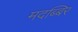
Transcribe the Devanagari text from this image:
मदब्बिर